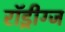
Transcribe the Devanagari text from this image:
रॉड्रीग्ज